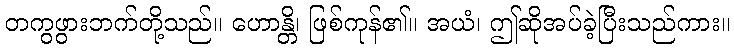
တကွဖွားဘက်တို့သည်။ ဟောန္တိ၊ ဖြစ်ကုန်၏။ အယံ၊ ဤဆိုအပ်ခဲ့ပြီးသည်ကား။